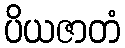
ပိယဇာတံ